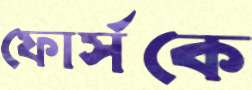
ফোর্সকে